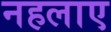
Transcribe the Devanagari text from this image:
नहलाए